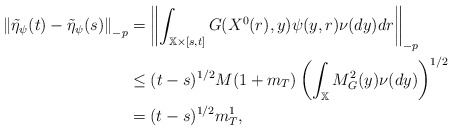
\begin{align*}\left\Vert \tilde{\eta}_{\psi }(t)-\tilde{\eta}_{\psi }(s)\right\Vert _{-p}&=\left\Vert \int_{\mathbb{X}\times \lbrack s,t]}G(X^{0}(r),y)\psi (y,r)\nu(dy)dr\right\Vert _{-p} \\& \leq (t-s)^{1/2}M(1+m_{T})\left( \int_{\mathbb{X}}M_{G}^{2}(y)\nu(dy)\right) ^{1/2} \\& =(t-s)^{1/2}m_{T}^{1}, \end{align*}